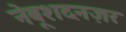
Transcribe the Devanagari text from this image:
नेबूशदनज़र